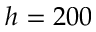
h = 2 0 0